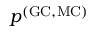
p ^ { \mathrm { ( G C , M C ) } }